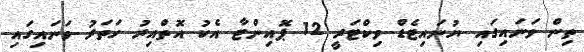
ތިން ވަނައިގައި ޔުނައިޓެޑް ވިކްޓަރީ 12 ޕޮއިންޓާ އެކު އޮތްއިރު ހަތަރު ވަނައިގައި